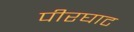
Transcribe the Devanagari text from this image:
पीरघाट